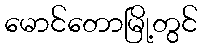
မောင်တောမြို့တွင်